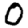
Digit: 0